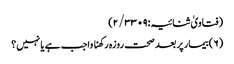
(فتاویٰ ثنائیہ:۲/۳۳۰۹)
(۶) بیمار پر بعد صحت روزہ رکھنا واجب ہے یا نہیں؟